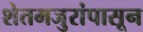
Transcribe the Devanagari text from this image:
शेतमजुरांपासून